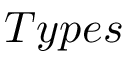
T y p e s